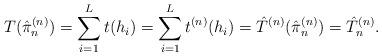
LaTeX: \begin{align*}T(\hat{\pi}^{(n)}_n) = \sum_{i=1}^{L}t(h_i) = \sum_{i=1}^{L} t^{(n)}(h_i) = \hat{T}^{(n)}(\hat{\pi}^{(n)}_n) = \hat{T}^{(n)}_n.\end{align*}